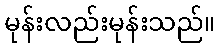
မုန်းလည်းမုန်းသည်။